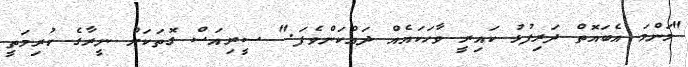
"މަންމަ އެބައޮތް ދަރިފުޅު ކައިރީ ވާހަކައެއް ދައްކަންވެފަ." ސީރިއަސް ގޮތަކަށް ނީރާގެ ކުރިމަތީ